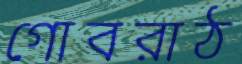
গোবরাঠ